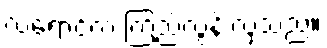
လရောင်က ကြည်လွန်းလှသည်။